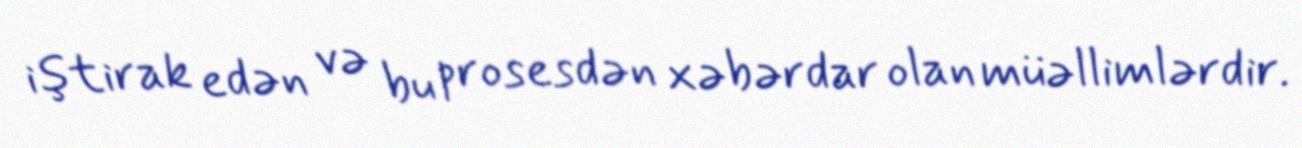
iştirak edən və bu prosesdən xəbərdar olan müəllimlərdir.